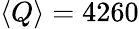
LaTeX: \langle Q\rangle=4260